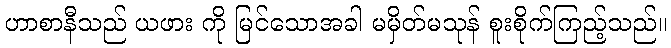
ဟာစာနီသည် ယဖား ကို မြင်သောအခါ မမှိတ်မသုန် စူးစိုက်ကြည့်သည်။